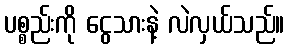
ပစ္စည်းကို ငွေသားနဲ့ လဲလှယ်သည်။